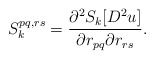
\begin{align*}S^{pq, rs}_k = \frac{\partial^2 S_k [D^2u]}{\partial r_{pq} \partial r_{rs}}.\end{align*}